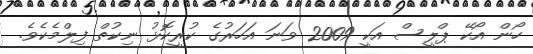
ހޯން އޯކޭ ޕްލީސް އަކީ 2009 ވަނަ އަހަރުގެ ކުރީކޮޅު ނިކުތް ފިލްމެކެވެ.